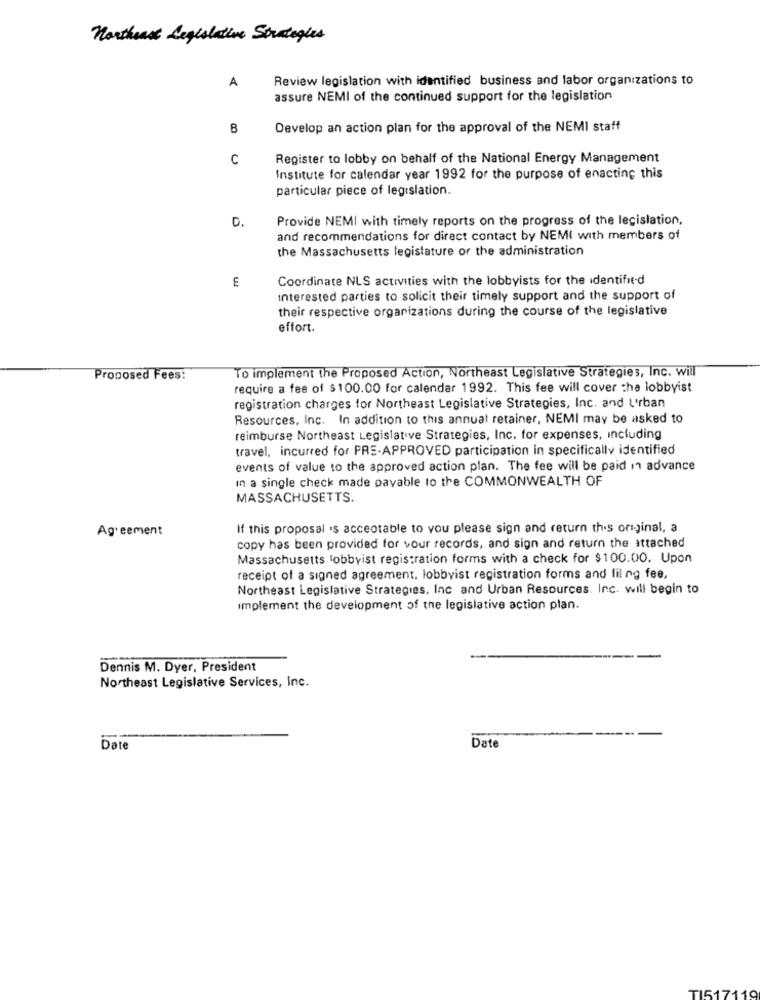
Northeast Legislative Strategies
A
Review legislation with identified business and labor organizations to
assure NEMI of the continued support for the legislation
B
Develop an action plan for the approval of the NEMI staff
C
Register to lobby on behalf of the National Energy Management
Institute for calendar year 1992 for the purpose of enacting this
particular piece of legislation.
0.
Provide NEMI with timely reports on the progress of the legislation,
and recommendations for direct contact by NEMI with members of
the Massachusetts legislature or the administration
Coordinate NLS activities with the lobbyists for the identifie-d
Interested parties to solicit their timely support and the support of
their respective organizations during the course of the legislative
effort.
To implement the Proposed Action, Northeast Legislative Strategies, Inc. will
Proposed Fees:
require a fee of $100.00 for calendar 1992. This fee will cover the lobbyist
registration charges for Northeast Legislative Strategies, Inc. and Urban
Resources, Inc. In addition to this annuat retainer, NEMI may be asked to
reimburse Northeast Legislative Strategies, Inc. for expenses, including
travel, incurred for PRE-APPROVED participation in specifically identified
events of value to the approved action plan. The fee will be paid in advance
In a single check made payable to the COMMONWEALTH OF
MASSACHUSETTS.
Agreement
If this proposal 's acceptable to you please sign and return this original, a
copy has been provided for your records, and sign and return the attached
Massachusetts lobbyist registration forms with a check for $100.00. Upon
receipt of a signed agreement, lobbyist registration forms and lil ng fee,
Northeast Legislative Strategies, Inc and Urban Resources. Inc. will begin to
Implement the development of the legislative action plan.
Dennis M. Dyer, President
Northeast Legislative Services, inc.
Date
Date
TI517
110